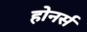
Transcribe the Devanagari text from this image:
होनर्स